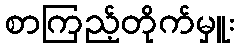
စာကြည့်တိုက်မှူး